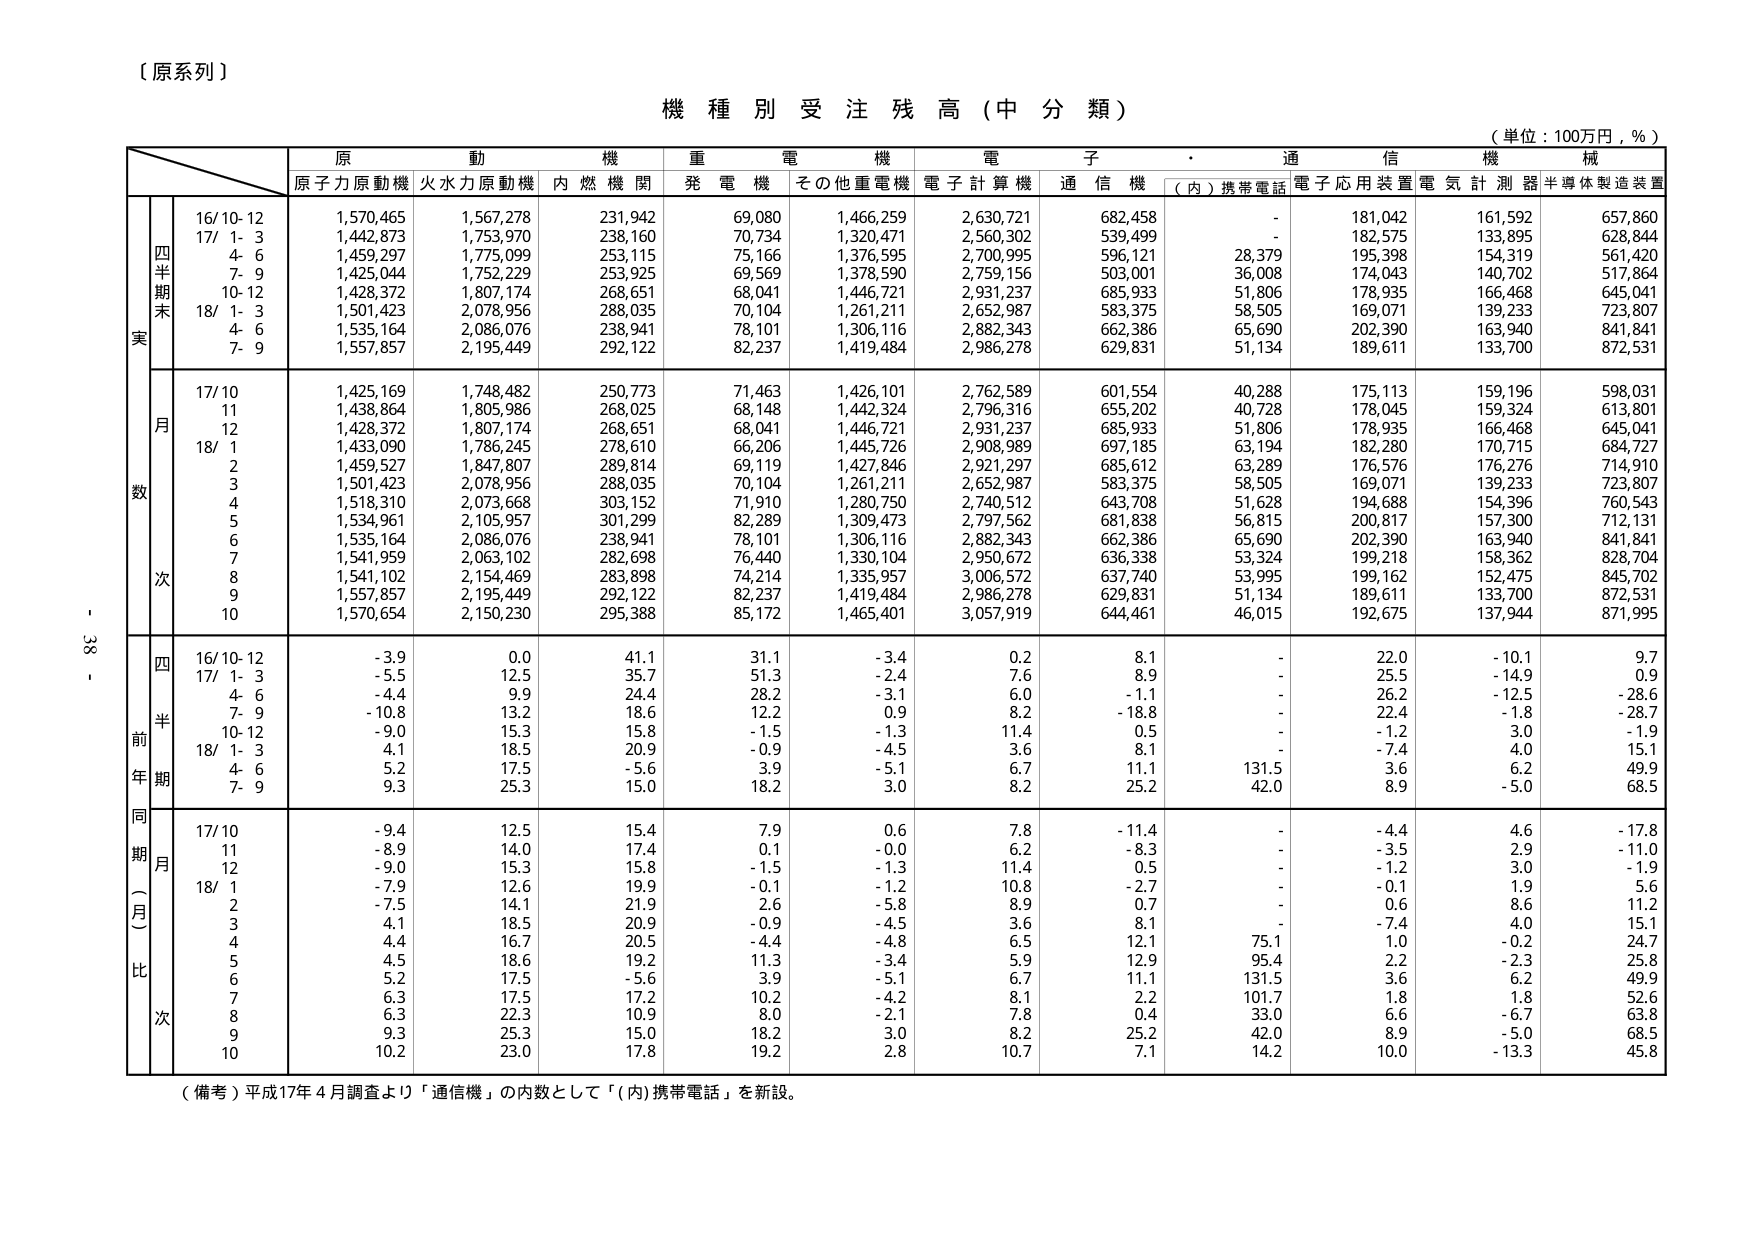
【原系列】

機種別受注残高（中分類）

（単位：100万円，％）

原動機 重電機 電子・通信機械
原子力原動機 火力原動機 内燃機関 発電機 その他重電機 電子計算機 通信機 （内）携帯電話 電子応用装置 電気計器 半導体製造装置

実
四半期末
16/10-12 1,570,465 1,567,278 231,942 69,080 1,466,259 2,630,721 682,458 - 181,042 161,592 657,860
17/ 1- 3 1,442,873 1,753,970 238,160 70,734 1,320,471 2,560,302 539,499 - 182,575 133,895 628,844
4- 6 1,459,297 1,775,099 253,115 75,166 1,376,595 2,700,995 596,121 28,379 195,398 154,319 561,420
7- 9 1,425,044 1,752,229 253,925 69,569 1,378,590 2,759,156 503,001 36,008 174,043 140,702 517,864
10-12 1,428,372 1,807,174 268,651 68,041 1,446,721 2,931,237 685,933 51,806 178,935 166,468 645,041
18/ 1- 3 1,501,423 2,078,956 288,035 70,104 1,261,211 2,652,987 583,375 58,505 169,071 139,233 723,807
4- 6 1,535,164 2,086,076 238,941 78,101 1,306,116 2,882,343 662,386 65,690 202,390 163,940 841,841
7- 9 1,557,857 2,195,449 292,122 82,237 1,419,484 2,986,278 629,831 51,134 189,611 133,700 872,531

月
数
17/10 1,425,169 1,748,482 250,773 71,463 1,426,101 2,762,589 601,554 40,288 175,113 159,196 598,031
11 1,438,864 1,805,986 268,025 68,148 1,442,324 2,796,316 655,202 40,728 178,045 159,324 613,801
12 1,428,372 1,807,174 268,651 68,041 1,446,721 2,931,237 685,933 51,806 178,935 166,468 645,041
18/ 1 1,433,090 1,786,245 278,610 66,206 1,445,726 2,908,989 697,185 63,194 182,280 170,715 684,727
2 1,459,527 1,847,807 289,814 69,119 1,427,846 2,921,297 685,612 63,289 176,576 176,276 714,910
3 1,501,423 2,078,956 288,035 70,104 1,261,211 2,652,987 583,375 58,505 169,071 139,233 723,807
4 1,518,310 2,073,668 303,152 71,910 1,280,750 2,740,512 643,708 51,628 194,688 154,396 760,543
5 1,534,961 2,105,957 301,299 82,289 1,309,473 2,797,562 681,838 56,815 200,817 157,300 712,131
6 1,535,164 2,086,076 238,941 78,101 1,306,116 2,882,343 662,386 65,690 202,390 163,940 841,841
7 1,541,959 2,063,102 282,698 76,440 1,330,104 2,950,672 636,338 53,324 199,218 158,362 828,704
8 1,541,102 2,154,469 283,898 74,214 1,335,957 3,006,572 637,740 53,995 199,162 152,475 845,702
9 1,557,857 2,195,449 292,122 82,237 1,419,484 2,986,278 629,831 51,134 189,611 133,700 872,531
10 1,570,654 2,150,230 295,388 85,172 1,465,401 3,057,919 644,461 46,015 192,675 137,944 871,995

次

四半期前年比
16/10-12 -3.9 0.0 41.1 31.1 -3.4 0.2 8.1 - 22.0 -10.1 9.7
17/ 1- 3 -5.5 12.5 35.7 51.3 -2.4 7.6 8.9 - 25.5 -14.9 0.9
4- 6 -4.4 9.9 24.4 28.2 -3.1 6.0 -1.1 - 26.2 -12.5 -28.6
7- 9 -10.8 13.2 18.6 12.2 0.9 8.2 -18.8 - 22.4 -1.8 -28.7
10-12 -9.0 15.3 15.8 -1.5 -1.3 11.4 0.5 - -1.2 3.0 -1.9
18/ 1- 3 4.1 18.5 20.9 -0.9 -4.5 3.6 8.1 - -7.4 4.0 15.1
4- 6 5.2 17.5 -5.6 3.9 -5.1 6.7 11.1 131.5 3.6 6.2 49.9
7- 9 9.3 25.3 15.0 18.2 3.0 8.2 25.2 42.0 8.9 -5.0 68.5

同期（月）比
17/10 -9.4 12.5 15.4 7.9 0.6 7.8 -11.4 - -4.4 4.6 -17.8
11 -8.9 14.0 17.4 0.1 -0.0 6.2 -8.3 - -3.5 2.9 -11.0
12 -9.0 15.3 15.8 -1.5 -1.3 11.4 0.5 - -1.2 3.0 -1.9
18/ 1 -7.9 12.6 19.9 -0.1 -1.2 10.8 -2.7 - -0.1 1.9 5.6
2 -7.5 14.1 21.9 2.6 -5.8 8.9 0.7 - 0.6 8.6 11.2
3 4.1 18.5 20.9 -0.9 -4.5 3.6 8.1 - -7.4 4.0 15.1
4 4.4 16.7 20.5 -4.4 -4.8 6.5 12.1 75.1 1.0 -0.2 24.7
5 4.5 18.6 19.2 11.3 -3.4 5.9 12.9 95.4 2.2 -2.3 25.8
6 5.2 17.5 -5.6 3.9 -5.1 6.7 11.1 131.5 3.6 6.2 49.9
7 6.3 17.5 17.2 10.2 -4.2 8.1 2.2 101.7 1.8 1.8 52.6
8 6.3 22.3 10.9 8.0 -2.1 7.8 0.4 33.0 6.6 -6.7 63.8
9 9.3 25.3 15.0 18.2 3.0 8.2 25.2 42.0 8.9 -5.0 68.5
10 10.2 23.0 17.8 19.2 2.8 10.7 7.1 14.2 10.0 -13.3 45.8

（備考）平成17年4月調査より「通信機」の内数として「（内）携帯電話」を新設。

- 38 -